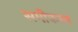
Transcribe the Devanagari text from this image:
समीकरन